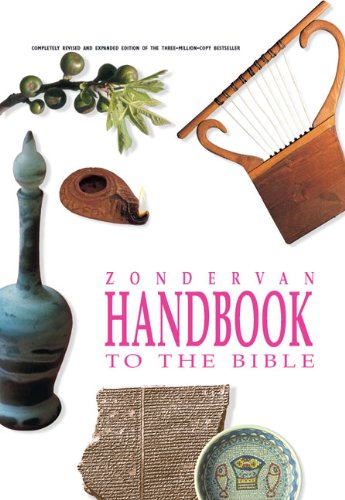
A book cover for Zondervan Handbook to the Bible, Revised Edition; David and Pat Alexander; Christian Books & Bibles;